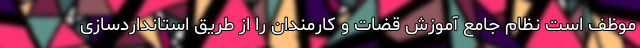
موظف است نظام جامع آموزش قضات و کارمندان را از طریق استانداردسازی